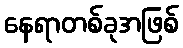
နေရာတစ်ခုအဖြစ်